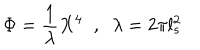
LaTeX: \Phi = \frac { 1 } { \lambda } X ^ { 4 } \; \; , \; \; \lambda = 2 \pi l _ { s } ^ { 2 }